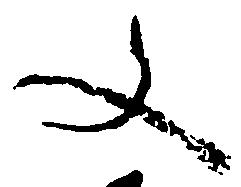
文